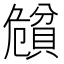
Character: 𲂵